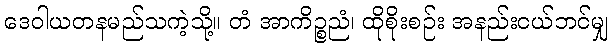
ဒေဝါယတနမည်သကဲ့သို့။ တံ အာကိဉ္စညံ၊ ထိုစိုးစဉ်း အနည်းငယ်ဘင်မျှ